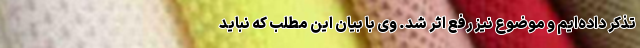
تذکر داده‌ایم و موضوع نیز رفع اثر شد. وی با بیان این مطلب که نباید